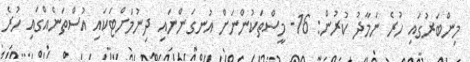
މިންބަރުގައި ހުރެ ނަމާދު ކުރުން: 16- މީސްތަކުންނަށް އުނގަންނައި ދިނުމަށްޓަކައި އުސްތަނެއްގައި ހުރެ